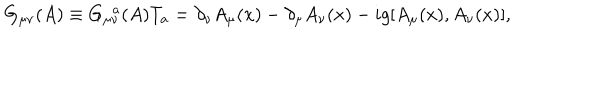
LaTeX: G _ { \mu \nu } ( A ) \equiv G _ { \mu \nu } ^ { ~ ~ a } ( A ) T _ { a } = \partial _ { \nu } A _ { \mu } ( x ) - \partial _ { \mu } A _ { \nu } ( x ) - i g [ A _ { \mu } ( x ) , A _ { \nu } ( x ) ] ,